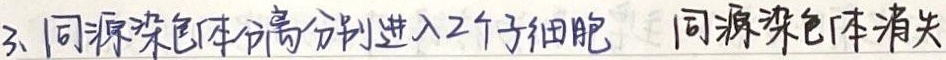
3. 同源染色体分离分别进入2个子细胞，同源染色体消失